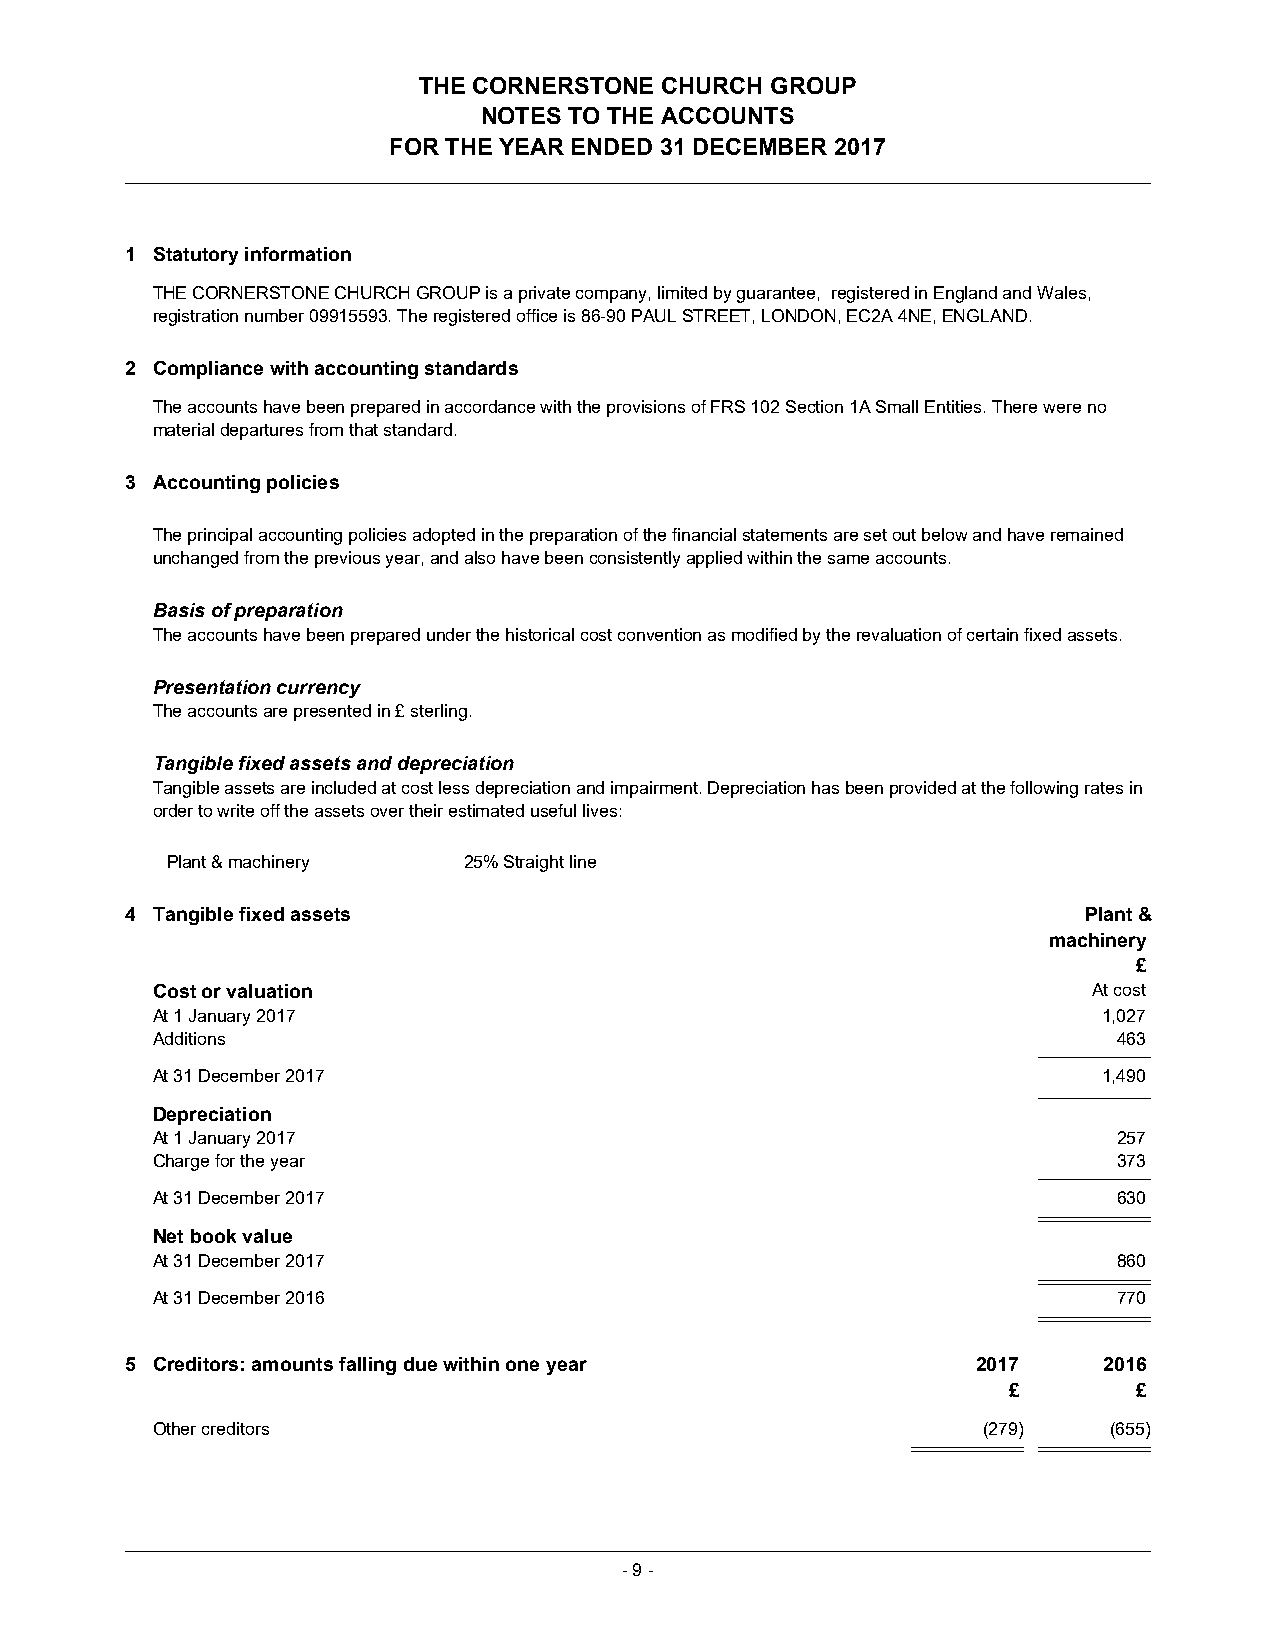
THE CORNERSTONE CHURCH GROUP
 NOTES TO THE ACCOUNTS
 FOR THE YEAR ENDED 31 DECEMBER 2017
 1 Statutory information
 THE CORNERSTONE CHURCH GROUP is a private company, limited by guarantee, registered in England and Wales,
 registration number 09915593. The registered office is 86-90 PAUL STREET, LONDON, EC2A 4NE, ENGLAND.
 2 Compliance with accounting standards
 The accounts have been prepared in accordance with the provisions of FRS 102 Section 1A Small Entities. There were no
 material departures from that standard.
 3 Accounting policies
 The principal accounting policies adopted in the preparation of the financial statements are set out below and have remained
 unchanged from the previous year, and also have been consistently applied within the same accounts.
 Basis of preparation
 The accounts have been prepared under the historical cost convention as modified by the revaluation of certain fixed assets.
 Presentation currency
 The accounts are presented in £ sterling.
 Tangible fixed assets and depreciation
 Tangible assets are included at cost less depreciation and impairment. Depreciation has been provided at the following rates in
 order to write off the assets over their estimated useful lives:
 Plant & machinery   25% Straight line
 4 Tangible fixed assets                                         Plant &
 machinery
 £
 Cost or valuation                                             At cost
 At 1 January 2017                                              1,027
 Additions                                                       463
 At 31 December 2017                                            1,490
 Depreciation
 At 1 January 2017                                               257
 Charge for the year                                             373
 At 31 December 2017                                             630
 Net book value
 At 31 December 2017                                             860
 At 31 December 2016                                             770
 5 Creditors: amounts falling due within one year         2017    2016
 £       £
 Other creditors                                        (279)   (655)
 -9 -